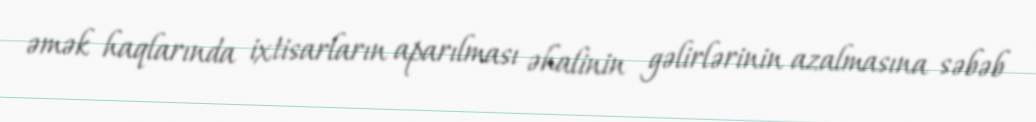
əmək haqlarında ixtisarların aparılması əhalinin gəlirlərinin azalmasına səbəb